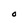
Character: O